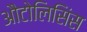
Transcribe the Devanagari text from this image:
औटोलिसिंस